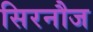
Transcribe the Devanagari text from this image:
सिरनौज